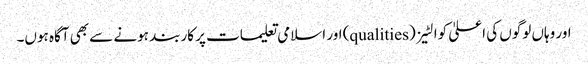
اور وہاں لوگوں کی اعلیٰ کوالٹیز (qualities) اور اسلامی تعلیمات پر کاربند ہونے سے بھی آگاہ ہوں۔